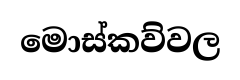
මොස්කව්වල